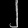
Digit: ၂